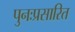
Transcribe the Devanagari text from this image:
पुनःप्रसारित